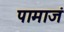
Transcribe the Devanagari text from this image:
पामाजं